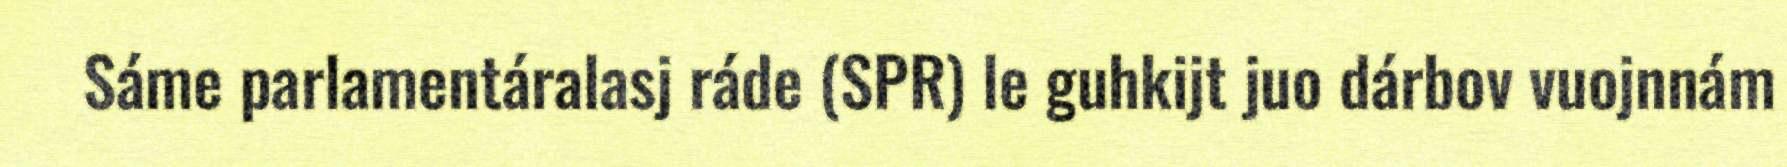
Sáme parlamentáralasj ráde (SPR) le guhkijt juo dárbov vuojnnám